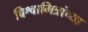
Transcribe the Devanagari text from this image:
विश्वामित्रांच्या